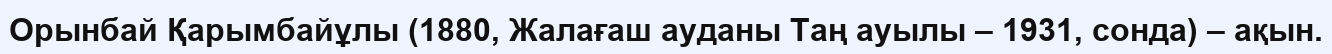
Орынбай Қарымбайұлы (1880, Жалағаш ауданы Таң ауылы – 1931, сонда) – ақын.